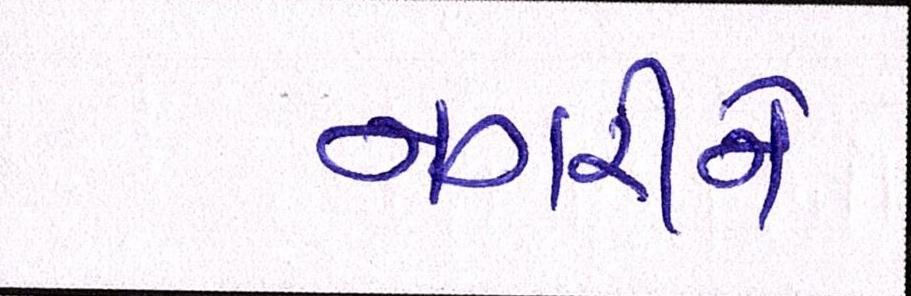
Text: નગરીને